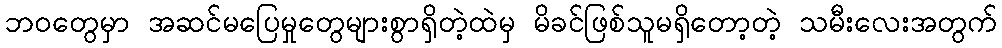
ဘဝတွေမှာ အဆင်မပြေမှုတွေများစွာရှိတဲ့ထဲမှ မိခင်ဖြစ်သူမရှိတော့တဲ့ သမီးလေးအတွက်